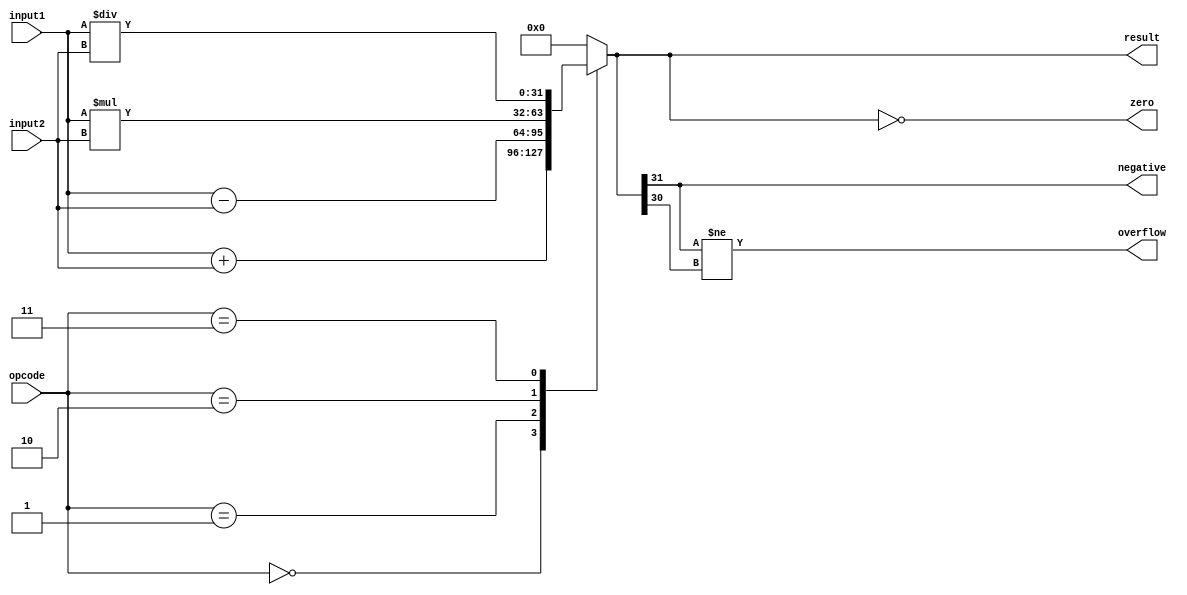
module ALU (
    input [31:0] input1,
    input [31:0] input2,
    input [2:0] opcode,
    output reg [31:0] result,
    output reg zero,
    output reg negative,
    output reg overflow
);

reg [31:0] tmp_result;

always @(*) begin
    case(opcode)
        3'b000: tmp_result = input1 + input2; // Addition
        3'b001: tmp_result = input1 - input2; // Subtraction
        3'b010: tmp_result = input1 * input2; // Multiplication
        3'b011: tmp_result = input1 / input2; // Division
        default: tmp_result = 32'b0; // Default to 0
    endcase
end

always @(tmp_result) begin
    result = tmp_result;
    zero = (tmp_result == 0);
    negative = (tmp_result[31] == 1);
    overflow = (tmp_result[31] != tmp_result[30]);
end

endmodule